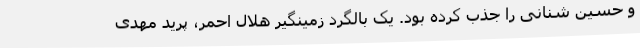
و حسین شنانی را جذب کرده بود. یک بالگرد زمینگیر هلال احمر، پرید مهدی